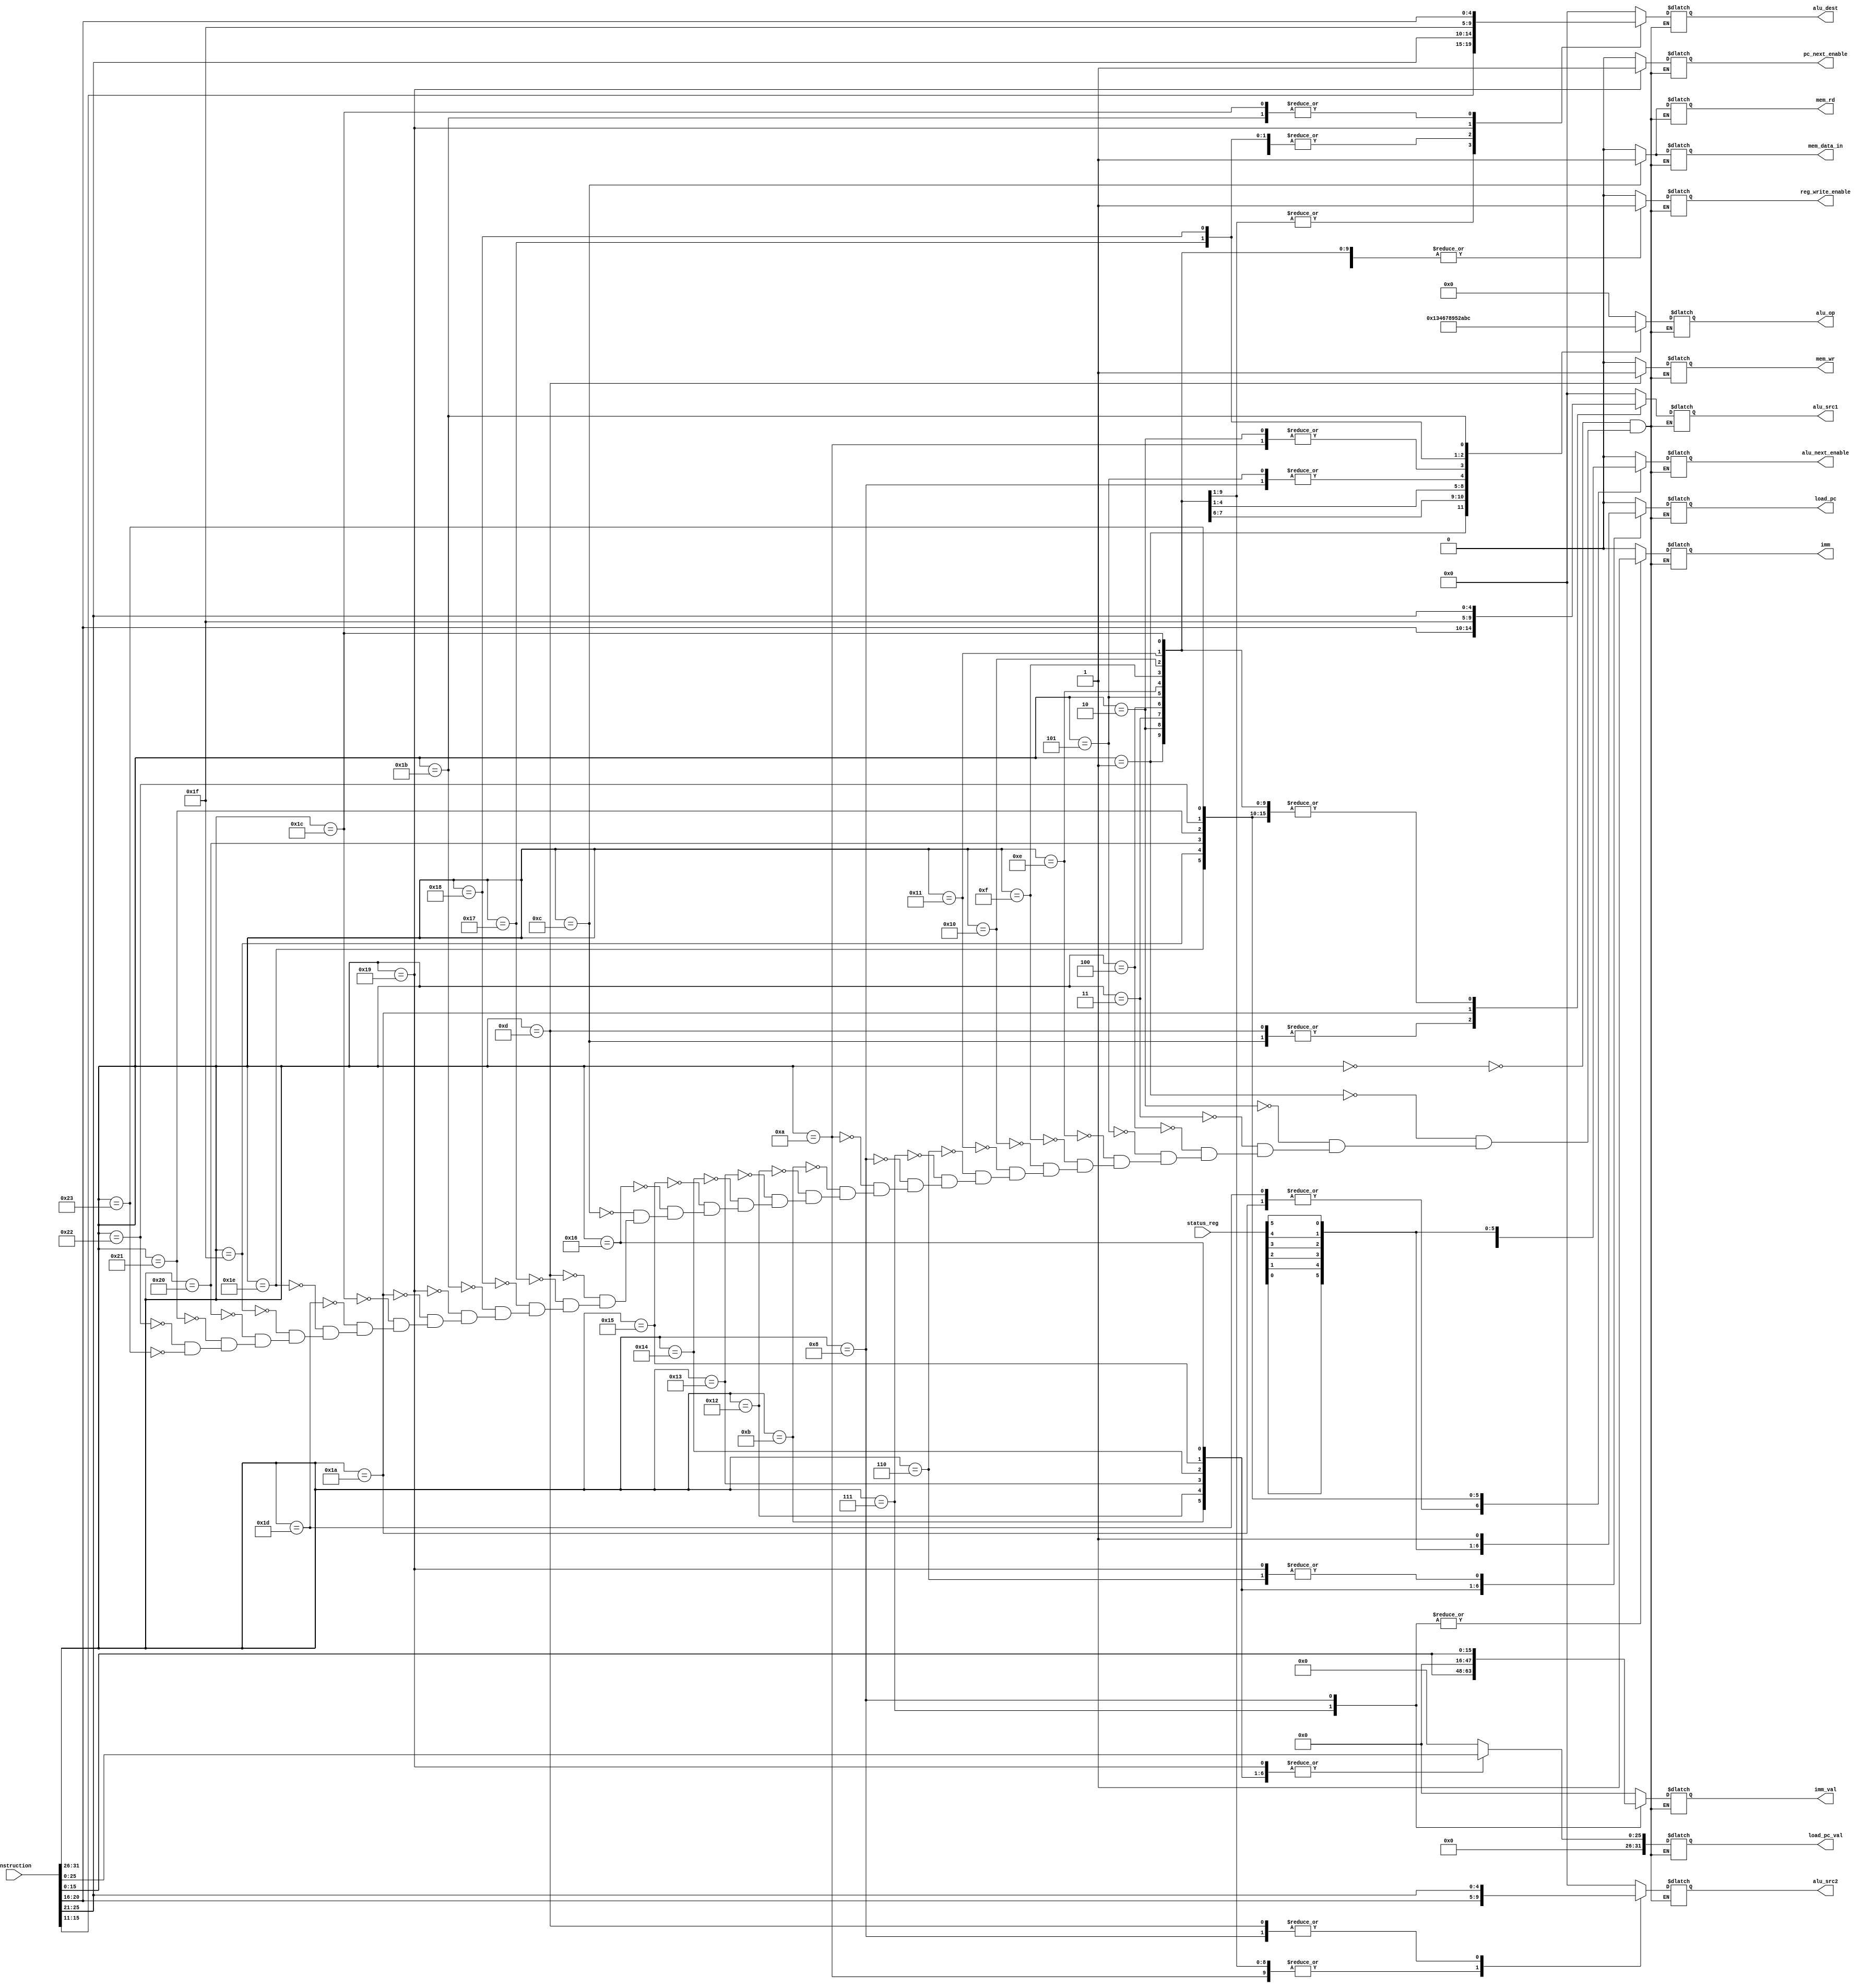
module control_unit(
    input      [31:0] instruction,
    input      [7:0]  status_reg,

    output reg [3:0]  alu_op,
    output reg [4:0]  alu_src1,
    output reg [4:0]  alu_src2,
    output reg [4:0]  alu_dest,

    output reg        reg_write_enable,
    output reg        imm,
    output reg [31:0] imm_val,

    //Branching specific output
    output reg        load_pc,
    output reg [31:0] load_pc_val,

    //Read or write memory
    output reg        mem_rd,
    output reg        mem_wr,
    output reg        mem_data_in,

    //Program counter (for CALL/RET)
    output reg        pc_next_enable,
    output reg        alu_next_enable
);

//Function operation
localparam [3:0]
    FUNC_NOP  = 4'b0000,
    FUNC_ADD  = 4'b0001,
    FUNC_SUB  = 4'b0010,
    FUNC_MUL  = 4'b0011,
    FUNC_AND  = 4'b0100,
    FUNC_OR   = 4'b0101,
    FUNC_XOR  = 4'b0110,
    FUNC_XNOR = 4'b0111,
    FUNC_SHL  = 4'b1000,
    FUNC_SHR  = 4'b1001,
    FUNC_INC  = 4'b1010,
    FUNC_DEC  = 4'b1011,
    FUNC_NOT  = 4'b1100;

//Opcode
localparam [5:0]
    NOP  = 6'b000000, //No Operation
    ADD  = 6'b000001, //Addition
    SUB  = 6'b000010, //Subtraction
    MUL  = 6'b000011, //Multiplication
    AND  = 6'b000100, //Bitwise And
    OR   = 6'b000101, //Bitwise Or
    JMP  = 6'b000110, //Jump
    LUI  = 6'b000111, //Load Upper Immediate
    LLI  = 6'b001000, //Load Lower Immediate
    CMP  = 6'b001010, //Compare
    JEQ  = 6'b001011, //Jump If Equal
    LOD  = 6'b001100, //Load From Address
    STR  = 6'b001101, //Store To Address
    XOR  = 6'b001110, //Exclusive Or
    XNOR = 6'b001111, //Exclusive Nor
    SHL  = 6'b010000, //Bit Shift Left
    SHR  = 6'b010001, //Bit Shift Right
    JNE  = 6'b010010, //Jump If Not Equal
    JB   = 6'b010011, //Jump If Greater
    JBE  = 6'b010100, //Jump If Greater Equal
    JL   = 6'b010101, //Jump If Less
    JLE  = 6'b010110, //Jump If Less Equal
    INC  = 6'b010111, //Increment
    DEC  = 6'b011000, //Decrement
    CALL = 6'b011001, //Call
    RET  = 6'b011010, //Return
    NOT  = 6'b011011, //Bitwise Not
    MOV  = 6'b011100, //Move
    JMPR = 6'b011101, //Jump at Register
    JEQR = 6'b011110, //Jump If Equal at Register
    JNER = 6'b011111, //Jump If Not Equal at Register
    JBR  = 6'b100000, //Jump If Greater at Register
    JBER = 6'b100001, //Jump If Greater Equal at Register
    JLR  = 6'b100010, //Jump If Less at Register
    JLER = 6'b100011; //Jump If Less Equal at Register

always @(*) begin
    //Begin to check the opcode operands and perform correct operation
    case (instruction[31:26])
        NOP: begin
            //Set output to 0 for NOP
            alu_op           <= FUNC_NOP;
            alu_src1         <= 5'b0;
            alu_src2         <= 5'b0;
            alu_dest         <= 5'b0;
            load_pc          <= 1'b0;
            load_pc_val      <= 26'b0;
            reg_write_enable <= 1'b0;
            imm              <= 1'b0;
            imm_val          <= 32'b0;
            mem_wr           <= 1'b0;
            mem_rd           <= 1'b0;
            mem_data_in      <= 1'b0;
            pc_next_enable   <= 1'b0;
            alu_next_enable  <= 1'b0;
        end 
        ADD: begin
            //Set signals for the ADD instruction
            alu_op           <= FUNC_ADD;
            alu_src1         <= instruction[25:21];
            alu_src2         <= instruction[20:16];
            alu_dest         <= instruction[15:11];
            load_pc          <= 1'b0;
            load_pc_val      <= 26'b0;
            reg_write_enable <= 1'b1;
            imm              <= 1'b0;
            imm_val          <= 32'b0;
            mem_wr           <= 1'b0;
            mem_rd           <= 1'b0;
            mem_data_in      <= 1'b0;
            pc_next_enable   <= 1'b0;
            alu_next_enable  <= 1'b0;
        end 
        SUB: begin
            //Set signals for the SUB instruction
            alu_op           <= FUNC_SUB;
            alu_src1         <= instruction[25:21];
            alu_src2         <= instruction[20:16];
            alu_dest         <= instruction[15:11];
            load_pc          <= 1'b0;
            load_pc_val      <= 26'b0;
            reg_write_enable <= 1'b1;
            imm              <= 1'b0;
            imm_val          <= 32'b0;
            mem_wr           <= 1'b0;
            mem_rd           <= 1'b0;
            mem_data_in      <= 1'b0;
            pc_next_enable   <= 1'b0;
            alu_next_enable  <= 1'b0;
        end
        MUL: begin
            //Set signals for the MUL instruction
            alu_op           <= FUNC_MUL;
            alu_src1         <= instruction[25:21];
            alu_src2         <= instruction[20:16];
            alu_dest         <= instruction[15:11];
            load_pc          <= 1'b0;
            load_pc_val      <= 26'b0;
            reg_write_enable <= 1'b1;
            imm              <= 1'b0;
            imm_val          <= 32'b0;
            mem_wr           <= 1'b0;
            mem_rd           <= 1'b0;
            mem_data_in      <= 1'b0;
            pc_next_enable   <= 1'b0;
            alu_next_enable  <= 1'b0;
        end 
        AND: begin
            //Set signals for the AND instruction
            alu_op           <= FUNC_AND;
            alu_src1         <= instruction[25:21];
            alu_src2         <= instruction[20:16];
            alu_dest         <= instruction[15:11];
            load_pc          <= 1'b0;
            load_pc_val      <= 26'b0;
            reg_write_enable <= 1'b1;
            imm              <= 1'b0;
            imm_val          <= 32'b0;
            mem_wr           <= 1'b0;
            mem_rd           <= 1'b0;
            mem_data_in      <= 1'b0;
            pc_next_enable   <= 1'b0;
            alu_next_enable  <= 1'b0;
        end 
        OR: begin
            //Set signals for the OR instruction
            alu_op           <= FUNC_OR;
            alu_src1         <= instruction[25:21];
            alu_src2         <= instruction[20:16];
            alu_dest         <= instruction[15:11];
            load_pc          <= 1'b0;
            load_pc_val      <= 26'b0;
            reg_write_enable <= 1'b1;
            imm              <= 1'b0;
            imm_val          <= 32'b0;
            mem_wr           <= 1'b0;
            mem_rd           <= 1'b0;
            mem_data_in      <= 1'b0;
            pc_next_enable   <= 1'b0;
            alu_next_enable  <= 1'b0;
        end
        XOR: begin
            //Set signals for the XOR instruction
            alu_op           <= FUNC_XOR;
            alu_src1         <= instruction[25:21];
            alu_src2         <= instruction[20:16];
            alu_dest         <= instruction[15:11];
            load_pc          <= 1'b0;
            load_pc_val      <= 26'b0;
            reg_write_enable <= 1'b1;
            imm              <= 1'b0;
            imm_val          <= 32'b0;
            mem_wr           <= 1'b0;
            mem_rd           <= 1'b0;
            mem_data_in      <= 1'b0;
            pc_next_enable   <= 1'b0;
            alu_next_enable  <= 1'b0;
        end
        XNOR: begin
            //Set signals for the XNOR instruction
            alu_op           <= FUNC_XNOR;
            alu_src1         <= instruction[25:21];
            alu_src2         <= instruction[20:16];
            alu_dest         <= instruction[15:11];
            load_pc          <= 1'b0;
            load_pc_val      <= 26'b0;
            reg_write_enable <= 1'b1;
            imm              <= 1'b0;
            imm_val          <= 32'b0;
            mem_wr           <= 1'b0;
            mem_rd           <= 1'b0;
            mem_data_in      <= 1'b0;
            pc_next_enable   <= 1'b0;
            alu_next_enable  <= 1'b0;
        end
        SHL: begin
            //Set signals for the SHL instruction
            alu_op           <= FUNC_SHL;
            alu_src1         <= instruction[25:21];
            alu_src2         <= instruction[20:16];
            alu_dest         <= instruction[15:11];
            load_pc          <= 1'b0;
            load_pc_val      <= 26'b0;
            reg_write_enable <= 1'b1;
            imm              <= 1'b0;
            imm_val          <= 32'b0;
            mem_wr           <= 1'b0;
            mem_rd           <= 1'b0;
            mem_data_in      <= 1'b0;
            pc_next_enable   <= 1'b0;
            alu_next_enable  <= 1'b0;
        end
        SHR: begin
            //Set signals for the SHR instruction
            alu_op           <= FUNC_SHR;
            alu_src1         <= instruction[25:21];
            alu_src2         <= instruction[20:16];
            alu_dest         <= instruction[15:11];
            load_pc          <= 1'b0;
            load_pc_val      <= 26'b0;
            reg_write_enable <= 1'b1;
            imm              <= 1'b0;
            imm_val          <= 32'b0;
            mem_wr           <= 1'b0;
            mem_rd           <= 1'b0;
            mem_data_in      <= 1'b0;
            pc_next_enable   <= 1'b0;
            alu_next_enable  <= 1'b0;
        end
        JMP: begin
            //Set signals for the JMP instruction
            alu_op           <= FUNC_NOP; //Set to NOP since no operation is being done in JMP
            alu_src1         <= 5'b0;
            alu_src2         <= 5'b0;
            alu_dest         <= 5'b0;
            load_pc          <= 1'b1;
            load_pc_val      <= instruction[25:0];
            reg_write_enable <= 1'b0;
            imm              <= 1'b0;
            imm_val          <= 32'b0;
            mem_wr           <= 1'b0;
            mem_rd           <= 1'b0;
            mem_data_in      <= 1'b0;
            pc_next_enable   <= 1'b0;
            alu_next_enable  <= 1'b0;
        end
        LUI: begin
            //Set signals for the LUI instruction
            alu_op           <= FUNC_NOP;
            alu_src1         <= 5'b0;
            alu_src2         <= 5'b0;
            alu_dest         <= instruction[25:21];
            load_pc          <= 1'b0;
            load_pc_val      <= 26'b0;
            reg_write_enable <= 1'b1;
            imm              <= 1'b1;
            imm_val          <= {instruction[15:0], 16'b0};
            mem_wr           <= 1'b0;
            mem_rd           <= 1'b0;
            mem_data_in      <= 1'b0;
            pc_next_enable   <= 1'b0;
            alu_next_enable  <= 1'b0;
        end
        LLI: begin
            //Set signals for the LLI instruction
            alu_op           <= FUNC_OR;
            alu_src1         <= 5'b0;
            alu_src2         <= instruction[25:21];
            alu_dest         <= instruction[25:21];
            load_pc          <= 1'b0;
            load_pc_val      <= 26'b0;
            reg_write_enable <= 1'b1;
            imm              <= 1'b1;
            imm_val          <= {16'b0, instruction[15:0]};
            mem_wr           <= 1'b0;
            mem_rd           <= 1'b0;
            mem_data_in      <= 1'b0;
            pc_next_enable   <= 1'b0;
            alu_next_enable  <= 1'b0;
        end
        CMP: begin
            //Set signals for the CMP instruction
            alu_op           <= FUNC_SUB; //Compare by subtracting
            alu_src1         <= instruction[25:21];
            alu_src2         <= instruction[20:16];
            alu_dest         <= 5'b0;
            load_pc          <= 1'b0;
            load_pc_val      <= 26'b0;
            reg_write_enable <= 1'b0;
            imm              <= 1'b0;
            imm_val          <= 32'b0;
            mem_wr           <= 1'b0;
            mem_rd           <= 1'b0;
            mem_data_in      <= 1'b0;
            pc_next_enable   <= 1'b0;
            alu_next_enable  <= 1'b0;
        end
        JEQ: begin
            //Set signals for the JEQ instruction
            alu_op           <= FUNC_NOP; //No ALU operation
            alu_src1         <= 5'b0;
            alu_src2         <= 5'b0;
            alu_dest         <= 5'b0;
            load_pc          <= status_reg[0]; //Jump if equ flag is set
            load_pc_val      <= instruction[25:0];
            reg_write_enable <= 1'b0;
            imm              <= 1'b0;
            imm_val          <= 32'b0;
            mem_wr           <= 1'b0;
            mem_rd           <= 1'b0;
            mem_data_in      <= 1'b0;
            pc_next_enable   <= 1'b0;
            alu_next_enable  <= 1'b0;
        end
        JNE: begin
            //Set signals for the JNE instruction
            alu_op           <= FUNC_NOP; //No ALU operation
            alu_src1         <= 5'b0;
            alu_src2         <= 5'b0;
            alu_dest         <= 5'b0;
            load_pc          <= status_reg[1]; //Jump if nequ flag is set
            load_pc_val      <= instruction[25:0];
            reg_write_enable <= 1'b0;
            imm              <= 1'b0;
            imm_val          <= 32'b0;
            mem_wr           <= 1'b0;
            mem_rd           <= 1'b0;
            mem_data_in      <= 1'b0;
            pc_next_enable   <= 1'b0;
            alu_next_enable  <= 1'b0;
        end
        JB: begin
            //Set signals for the JB instruction
            alu_op           <= FUNC_NOP; //No ALU operation
            alu_src1         <= 5'b0;
            alu_src2         <= 5'b0;
            alu_dest         <= 5'b0;
            load_pc          <= status_reg[2]; //Jump if bigger flag is set
            load_pc_val      <= instruction[25:0];
            reg_write_enable <= 1'b0;
            imm              <= 1'b0;
            imm_val          <= 32'b0;
            mem_wr           <= 1'b0;
            mem_rd           <= 1'b0;
            mem_data_in      <= 1'b0;
            pc_next_enable   <= 1'b0;
            alu_next_enable  <= 1'b0;
        end
        JBE: begin
            //Set signals for the JBE instruction
            alu_op           <= FUNC_NOP; //No ALU operation
            alu_src1         <= 5'b0;
            alu_src2         <= 5'b0;
            alu_dest         <= 5'b0;
            load_pc          <= status_reg[3]; //Jump if bigger equal flag is set
            load_pc_val      <= instruction[25:0];
            reg_write_enable <= 1'b0;
            imm              <= 1'b0;
            imm_val          <= 32'b0;
            mem_wr           <= 1'b0;
            mem_rd           <= 1'b0;
            mem_data_in      <= 1'b0;
            pc_next_enable   <= 1'b0;
            alu_next_enable  <= 1'b0;
        end
        JL: begin
            //Set signals for the JL instruction
            alu_op           <= FUNC_NOP; //No ALU operation
            alu_src1         <= 5'b0;
            alu_src2         <= 5'b0;
            alu_dest         <= 5'b0;
            load_pc          <= status_reg[4]; //Jump if less flag is set
            load_pc_val      <= instruction[25:0];
            reg_write_enable <= 1'b0;
            imm              <= 1'b0;
            imm_val          <= 32'b0;
            mem_wr           <= 1'b0;
            mem_rd           <= 1'b0;
            mem_data_in      <= 1'b0;
            pc_next_enable   <= 1'b0;
            alu_next_enable  <= 1'b0;
        end
        JLE: begin
            //Set signals for the JLE instruction
            alu_op           <= FUNC_NOP; //No ALU operation
            alu_src1         <= 5'b0;
            alu_src2         <= 5'b0;
            alu_dest         <= 5'b0;
            load_pc          <= status_reg[5]; //Jump if less equal flag is set
            load_pc_val      <= instruction[25:0];
            reg_write_enable <= 1'b0;
            imm              <= 1'b0;
            imm_val          <= 32'b0;
            mem_wr           <= 1'b0;
            mem_rd           <= 1'b0;
            mem_data_in      <= 1'b0;
            pc_next_enable   <= 1'b0;
            alu_next_enable  <= 1'b0;
        end
        LOD: begin 
            //Set signals for the LOD instruction
            alu_op           <= FUNC_NOP; //No ALU operation
            alu_src1         <= instruction[20:16];
            alu_src2         <= 5'b0;
            alu_dest         <= instruction[25:21];
            load_pc          <= 1'b0;
            load_pc_val      <= 26'b0;
            reg_write_enable <= 1'b1;
            imm              <= 1'b0;
            imm_val          <= 32'b0;
            mem_wr           <= 1'b0;
            mem_rd           <= 1'b1;
            mem_data_in      <= 1'b1;
            pc_next_enable   <= 1'b0;
            alu_next_enable  <= 1'b0;
        end
        STR: begin
            //Set signals for the STR instruction
            alu_op           <= FUNC_NOP; //No ALU operation
            alu_src1         <= instruction[20:16];
            alu_src2         <= instruction[25:21];
            alu_dest         <= 5'b0;
            load_pc          <= 1'b0;
            load_pc_val      <= 26'b0;
            reg_write_enable <= 1'b0;
            imm              <= 1'b0;
            imm_val          <= 32'b0;
            mem_wr           <= 1'b1;
            mem_rd           <= 1'b0;
            mem_data_in      <= 1'b0;
            pc_next_enable   <= 1'b0;
            alu_next_enable  <= 1'b0;
        end
        INC: begin
            //Set signals for the INC instruction
            alu_op           <= FUNC_INC;
            alu_src1         <= instruction[25:21];
            alu_src2         <= 5'b0;
            alu_dest         <= instruction[25:21];
            load_pc          <= 1'b0;
            load_pc_val      <= 26'b0;
            reg_write_enable <= 1'b1;
            imm              <= 1'b0;
            imm_val          <= 32'b0;
            mem_wr           <= 1'b0;
            mem_rd           <= 1'b0;
            mem_data_in      <= 1'b0;
            pc_next_enable   <= 1'b0;
            alu_next_enable  <= 1'b0;
        end
        DEC: begin
            //Set signals for the DEC instruction
            alu_op           <= FUNC_DEC;
            alu_src1         <= instruction[25:21];
            alu_src2         <= 5'b0;
            alu_dest         <= instruction[25:21];
            load_pc          <= 1'b0;
            load_pc_val      <= 26'b0;
            reg_write_enable <= 1'b1;
            imm              <= 1'b0;
            imm_val          <= 32'b0;
            mem_wr           <= 1'b0;
            mem_rd           <= 1'b0;
            mem_data_in      <= 1'b0;
            pc_next_enable   <= 1'b0;
            alu_next_enable  <= 1'b0;
        end
        NOT: begin
            //Set signals for the NOT instruction
            alu_op           <= FUNC_NOT;
            alu_src1         <= instruction[25:21];
            alu_src2         <= 5'b0;
            alu_dest         <= instruction[20:16];
            load_pc          <= 1'b0;
            load_pc_val      <= 26'b0;
            reg_write_enable <= 1'b1;
            imm              <= 1'b0;
            imm_val          <= 32'b0;
            mem_wr           <= 1'b0;
            mem_rd           <= 1'b0;
            mem_data_in      <= 1'b0;
            pc_next_enable   <= 1'b0;
            alu_next_enable  <= 1'b0;
        end
        CALL: begin
            //Set signals for the CALL instruction
            alu_op           <= FUNC_NOP;
            alu_src1         <= 5'b0;
            alu_src2         <= 5'b0;
            alu_dest         <= 5'b11111; //Store address in R31
            load_pc          <= 1'b1;
            load_pc_val      <= instruction[25:0];
            reg_write_enable <= 1'b1;
            imm              <= 1'b0;
            imm_val          <= 32'b0;
            mem_wr           <= 1'b0;
            mem_rd           <= 1'b0;
            mem_data_in      <= 1'b0;
            pc_next_enable   <= 1'b1;
            alu_next_enable  <= 1'b0;
        end
        RET: begin
            //Set signals for the RET instruction
            alu_op           <= FUNC_NOP;
            alu_src1         <= 5'b11111; //Obtain address in R31
            alu_src2         <= 5'b0;
            alu_dest         <= 5'b0;
            load_pc          <= 1'b0;
            load_pc_val      <= 26'b0;
            reg_write_enable <= 1'b0;
            imm              <= 1'b0;
            imm_val          <= 32'b0;
            mem_wr           <= 1'b0;
            mem_rd           <= 1'b0;
            mem_data_in      <= 1'b0;
            pc_next_enable   <= 1'b0;
            alu_next_enable  <= 1'b1;
        end
        MOV: begin
            //Set signals for the MOV instruction
            alu_op           <= FUNC_NOP; //No ALU operation
            alu_src1         <= instruction[25:21];
            alu_src2         <= 5'b0;
            alu_dest         <= instruction[20:16];
            load_pc          <= 1'b0;
            load_pc_val      <= 26'b0;
            reg_write_enable <= 1'b1;
            imm              <= 1'b0;
            imm_val          <= 32'b0;
            mem_wr           <= 1'b0;
            mem_rd           <= 1'b0;
            mem_data_in      <= 1'b0;
            pc_next_enable   <= 1'b0;
            alu_next_enable  <= 1'b0;
        end
        JMPR: begin
            //Set signals for the JMPR instruction
            alu_op           <= FUNC_NOP; //Set to NOP since no operation is being done in JMP
            alu_src1         <= instruction[25:21];
            alu_src2         <= 5'b0;
            alu_dest         <= 5'b0;
            load_pc          <= 1'b0;
            load_pc_val      <= 26'b0;
            reg_write_enable <= 1'b0;
            imm              <= 1'b0;
            imm_val          <= 32'b0;
            mem_wr           <= 1'b0;
            mem_rd           <= 1'b0;
            mem_data_in      <= 1'b0;
            pc_next_enable   <= 1'b0;
            alu_next_enable  <= 1'b1;
        end
        JEQR: begin
            //Set signals for the JEQR instruction
            alu_op           <= FUNC_NOP; //No ALU operation
            alu_src1         <= instruction[25:21];
            alu_src2         <= 5'b0;
            alu_dest         <= 5'b0;
            load_pc          <= 1'b0;
            load_pc_val      <= 26'b0;
            reg_write_enable <= 1'b0;
            imm              <= 1'b0;
            imm_val          <= 32'b0;
            mem_wr           <= 1'b0;
            mem_rd           <= 1'b0;
            mem_data_in      <= 1'b0;
            pc_next_enable   <= 1'b0;
            alu_next_enable  <= status_reg[0]; //Jump if equ flag is set
        end
        JNER: begin
            //Set signals for the JNER instruction
            alu_op           <= FUNC_NOP; //No ALU operation
            alu_src1         <= instruction[25:21];
            alu_src2         <= 5'b0;
            alu_dest         <= 5'b0;
            load_pc          <= 1'b0;
            load_pc_val      <= 26'b0;
            reg_write_enable <= 1'b0;
            imm              <= 1'b0;
            imm_val          <= 32'b0;
            mem_wr           <= 1'b0;
            mem_rd           <= 1'b0;
            mem_data_in      <= 1'b0;
            pc_next_enable   <= 1'b0;
            alu_next_enable  <= status_reg[1]; //Jump if nequ flag is set
        end
        JBR: begin
            //Set signals for the JBR instruction
            alu_op           <= FUNC_NOP; //No ALU operation
            alu_src1         <= instruction[25:21];
            alu_src2         <= 5'b0;
            alu_dest         <= 5'b0;
            load_pc          <= 1'b0;
            load_pc_val      <= 26'b0;
            reg_write_enable <= 1'b0;
            imm              <= 1'b0;
            imm_val          <= 32'b0;
            mem_wr           <= 1'b0;
            mem_rd           <= 1'b0;
            mem_data_in      <= 1'b0;
            pc_next_enable   <= 1'b0;
            alu_next_enable  <= status_reg[2]; //Jump if bigger flag is set
        end
        JBER: begin
            //Set signals for the JBER instruction
            alu_op           <= FUNC_NOP; //No ALU operation
            alu_src1         <= instruction[25:21];
            alu_src2         <= 5'b0;
            alu_dest         <= 5'b0;
            load_pc          <= 1'b0;
            load_pc_val      <= 26'b0;
            reg_write_enable <= 1'b0;
            imm              <= 1'b0;
            imm_val          <= 32'b0;
            mem_wr           <= 1'b0;
            mem_rd           <= 1'b0;
            mem_data_in      <= 1'b0;
            pc_next_enable   <= 1'b0;
            alu_next_enable  <= status_reg[3]; //Jump if bigger equal flag is set
        end
        JLR: begin
            //Set signals for the JLR instruction
            alu_op           <= FUNC_NOP; //No ALU operation
            alu_src1         <= instruction[25:21];
            alu_src2         <= 5'b0;
            alu_dest         <= 5'b0;
            load_pc          <= 1'b0;
            load_pc_val      <= 26'b0;
            reg_write_enable <= 1'b0;
            imm              <= 1'b0;
            imm_val          <= 32'b0;
            mem_wr           <= 1'b0;
            mem_rd           <= 1'b0;
            mem_data_in      <= 1'b0;
            pc_next_enable   <= 1'b0;
            alu_next_enable  <= status_reg[4]; //Jump if less flag is set
        end
        JLER: begin
            //Set signals for the JLER instruction
            alu_op           <= FUNC_NOP; //No ALU operation
            alu_src1         <= instruction[25:21];
            alu_src2         <= 5'b0;
            alu_dest         <= 5'b0;
            load_pc          <= 1'b0;
            load_pc_val      <= 26'b0;
            reg_write_enable <= 1'b0;
            imm              <= 1'b0;
            imm_val          <= 32'b0;
            mem_wr           <= 1'b0;
            mem_rd           <= 1'b0;
            mem_data_in      <= 1'b0;
            pc_next_enable   <= 1'b0;
            alu_next_enable  <= status_reg[5]; //Jump if less equal flag is set
        end
    endcase
end

endmodule